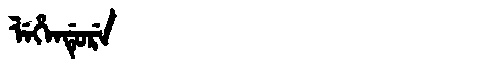
Manchu: ᠯᡝᡥᡝᠨᡩᡠᡵᡝ
Romanization: LEHENDURE